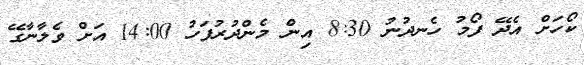
ކޯހަށް އެދޭ ފޯމު ހެނދުނު 8:30 އިން މެންދުރުފަހު 14:00 އަށް ވެލާނާގޭ